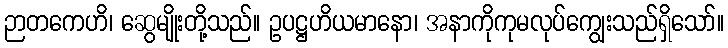
ဉာတကေဟိ၊ ဆွေမျိုးတို့သည်။ ဥပဋ္ဌဟိယမာနော၊ အနာကိုကုမလုပ်ကျွေးသည်ရှိသော်။